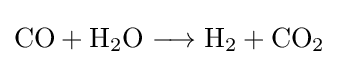
{\mathrm {CO} {}+{}\mathrm {H} {\vphantom {A}}_{\smash[{t}]{2}}\mathrm {O} {}\mathrel {\longrightarrow } {}\mathrm {H} {\vphantom {A}}_{\smash[{t}]{2}}{}+{}\mathrm {CO} {\vphantom {A}}_{\smash[{t}]{2}}}